Some observations on the poison of Russell's viper (Daboia russellii) - Number 3
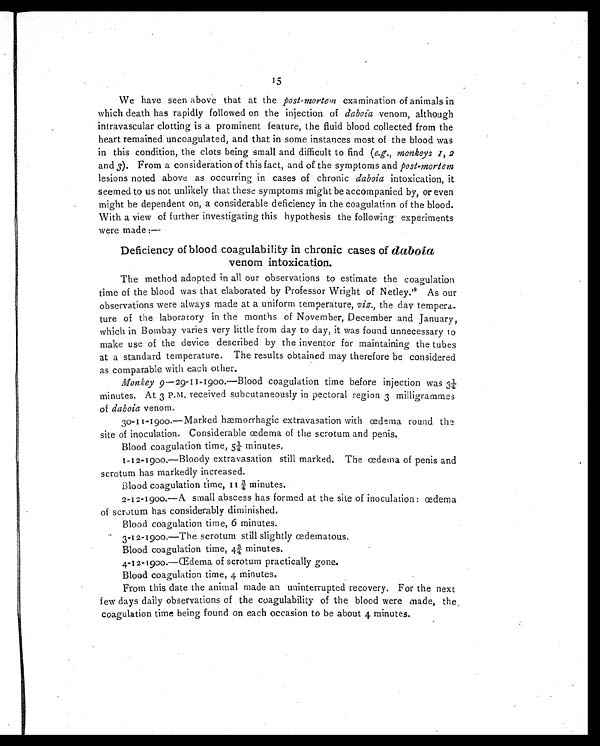
15
We have seen above that at the post-mortem examination of animals in
which death has rapidly followed on the injection of daboia venom, although
intravascular clotting is a prominent feature, the fluid blood collected from the
heart remained uncoagulated, and that in some instances most of the blood was
in this condition, the clots being small and difficult to find (e.g., monkeys 1, 2
and 3). From a consideration of this fact, and of the symptoms and post-mortem
lesions noted above as occurring in cases of chronic daboia intoxication, it
seemed to us not unlikely that these symptoms might be accompanied by, or even
might be dependent on, a considerable deficiency in the coagulation of the blood.
With a view of further investigating this hypothesis the following experiments
were made :
—
Deficiency of blood coagulability in chronic cases of daboia
venom intoxication.
The method adopted in all our observations to estimate the coagulation
time of the blood was that elaborated by Professor Wright of Netley.1 8
A s o u r
observations were always made at a uniform temperature, viz., the day tempera-
ture of the laboratory in the months of November, December and January,
which in Bombay varies very little from day to day, it was found unnecessary to
make use of the device described by the inventor for maintaining the tubes
at a standard temperature. The results obtained may therefore be considered
as comparable with each other.
Monkey 9—29-11-1900.—Blood coagulation time before injection was 3¼
minutes. At 3 P.m. received subcutaneously in pectoral region 3 milligrammes
of daboia venom,
30-11-1900.—Marked hæmorrhagic extravasation with œdema round the
site of inoculation. Considerable œdema of the scrotum and penis.
Blood coagulation time, 5¼ minutes.
1-12-1900 .—Bloody extravasation still marked. The œdema of penis and
scrotum has markedly increased.
Blood coagulation time, 11¾ minutes.
2-12-1900.—A small abscess has formed at the site of inoculation : œdema
of scrotum has considerably diminished.
Blood coagulation time, 6 minutes.
3-12-1900.—The scrotum still slightly œdematous.
Blood coagulation time, 4¾ minutes.
4-12-1900.—Œdema of scrotum practically gone.
Blood coagulation time, 4 minutes.
From this date the animal made an uninterrupted recovery. For the next
few days daily observations of the coagulability of the blood were made, the
coagulation time being found on each occasion to be about 4 minutes.